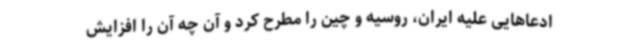
ادعاهایی علیه ایران، روسیه و چین را مطرح کرد و آن چه آن را افزایش